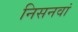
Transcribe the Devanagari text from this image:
निसनवां